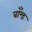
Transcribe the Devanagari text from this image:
बाँन्ड